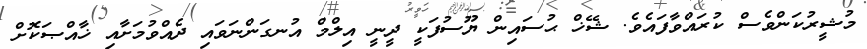
މުޝީރުކަންވެސް ކުރައްވާފައެވެ. ޝޭޚް ޙުސައިން ޔޫސުފަކީ ދީނީ އިލްމް އުނގަންނަވައި ދެއްވުމަށާއި ޚާއްޞަކޮށް